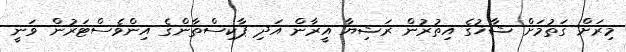
މިރަށް ގަތުމަށް ޝާޚުގެ އިތުރުން ރަޝިޔާ އީރާން އަދި ޕާކިސްތާންގެ އިންވެސްޓަރުން ވަނީ